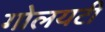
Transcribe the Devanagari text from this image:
गोलयटी